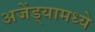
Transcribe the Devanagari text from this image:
अजेंड्यामध्ये